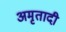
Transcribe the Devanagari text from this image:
अमृतादी